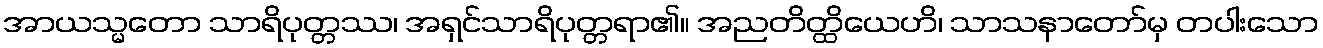
အာယသ္မတော သာရိပုတ္တဿ၊ အရှင်သာရိပုတ္တရာ၏။ အညတိတ္ထိယေဟိ၊ သာသနာတော်မှ တပါးသော